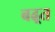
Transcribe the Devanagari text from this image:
बढ़्त